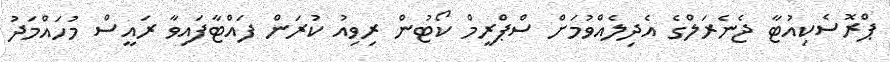
ޕްރޮސެކިއުޓާ ޖެނެރަލްގެ އެދިލެއްވުމަށް ސްޕްރީމް ކޯޓުން ރިވިއު ކުރަން ފައްޓާފައިވާ ރައީސް މުހައްމަދު